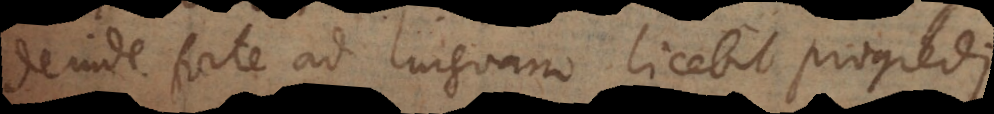
deinde forte ad linguam licebit progredi